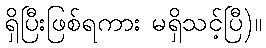
ရှိပြီးဖြစ်ရကား မရှိသင့်ပြီ)။